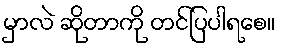
မှာလဲ ဆိုတာကို တင်ပြပါရစေ။